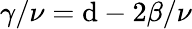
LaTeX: \gamma/\nu=\mathrm{d}-2\beta/\nu